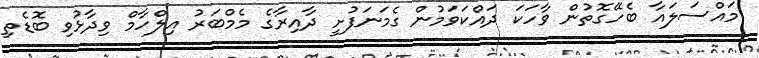
މައްސަލައާ ބެހޭގޮތުން ވާހަކަ ދައްކަވަމުން ގެމަނަފުށީ ދާއިރާގެ މެމްބަރު އިލްހާމް ވިދާޅުވި ބޮޑެތި